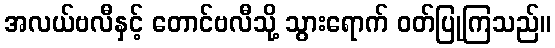
အလယ်ဗလီနှင့် တောင်ဗလီသို့ သွားရောက် ဝတ်ပြုကြသည်။